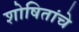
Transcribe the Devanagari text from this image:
शोषितांचे